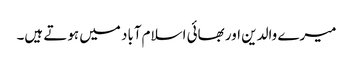
میرے والدین اور بھائی اسلام‌آباد میں ہوتے ہیں۔